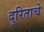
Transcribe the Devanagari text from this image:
दुरिताचे